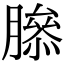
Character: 𦠨